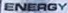
ENERGY